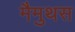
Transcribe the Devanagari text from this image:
मैमुथस